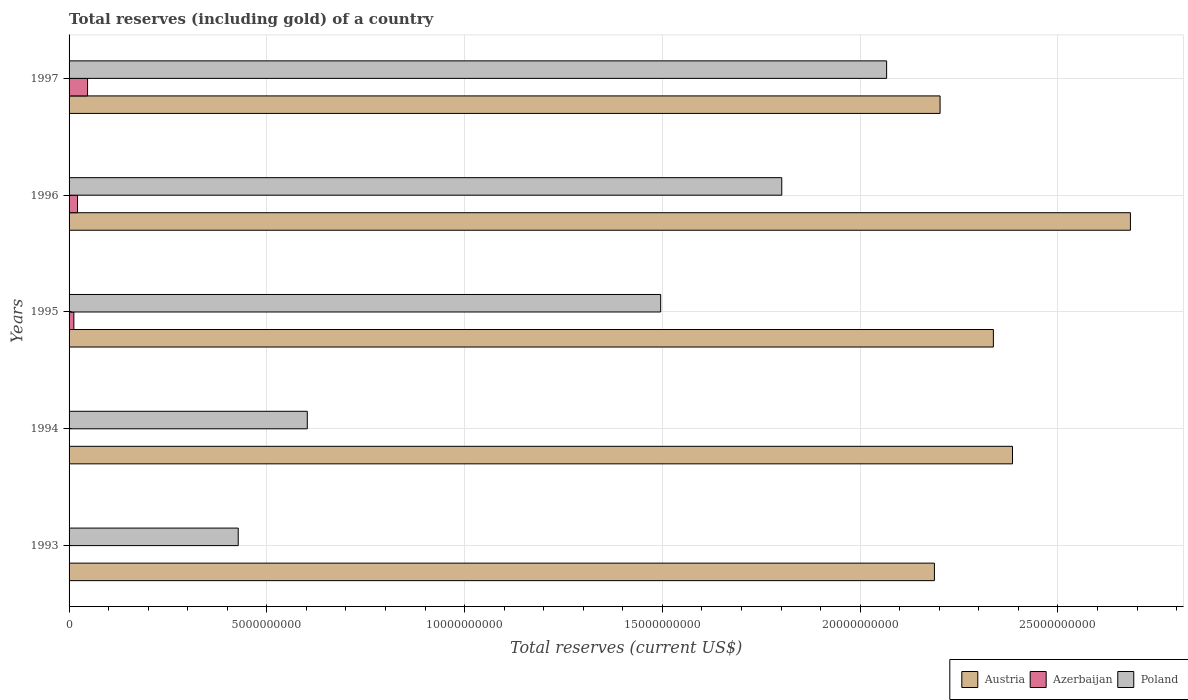
| Years | Austria | Azerbaijan | Poland |
 | --- | --- | --- | --- |
 | 1993 | 2.19e+10 | 5.9e+05 | 4.28e+09 |
 | 1994 | 2.39e+10 | 2.03e+06 | 6.02e+09 |
 | 1995 | 2.34e+10 | 1.21e+08 | 1.5e+10 |
 | 1996 | 2.68e+10 | 2.14e+08 | 1.8e+10 |
 | 1997 | 2.2e+10 | 4.67e+08 | 2.07e+10 |